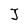
Character: J